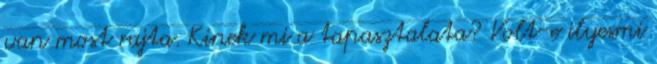
van most rajta. Kinek mi a tapasztalata? Volt-e ilyesmi